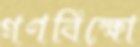
গণবিক্ষো